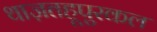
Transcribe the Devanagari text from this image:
थाज़तहूपुरकल